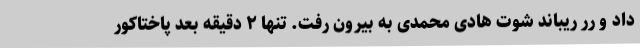
داد و رر ریباند شوت هادی محمدی به بیرون رفت. تنها ۲ دقیقه بعد پاختاکور